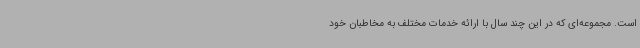
است. مجموعه‌ای که در این چند سال با ارائه خدمات مختلف به مخاطبان خود